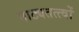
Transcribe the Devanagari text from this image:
नाट्यतत्त्वों